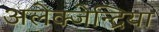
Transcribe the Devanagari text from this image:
अलेक्जेन्द्रिया